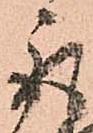
取